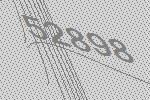
52898